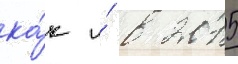
ка́к и́ в 2015